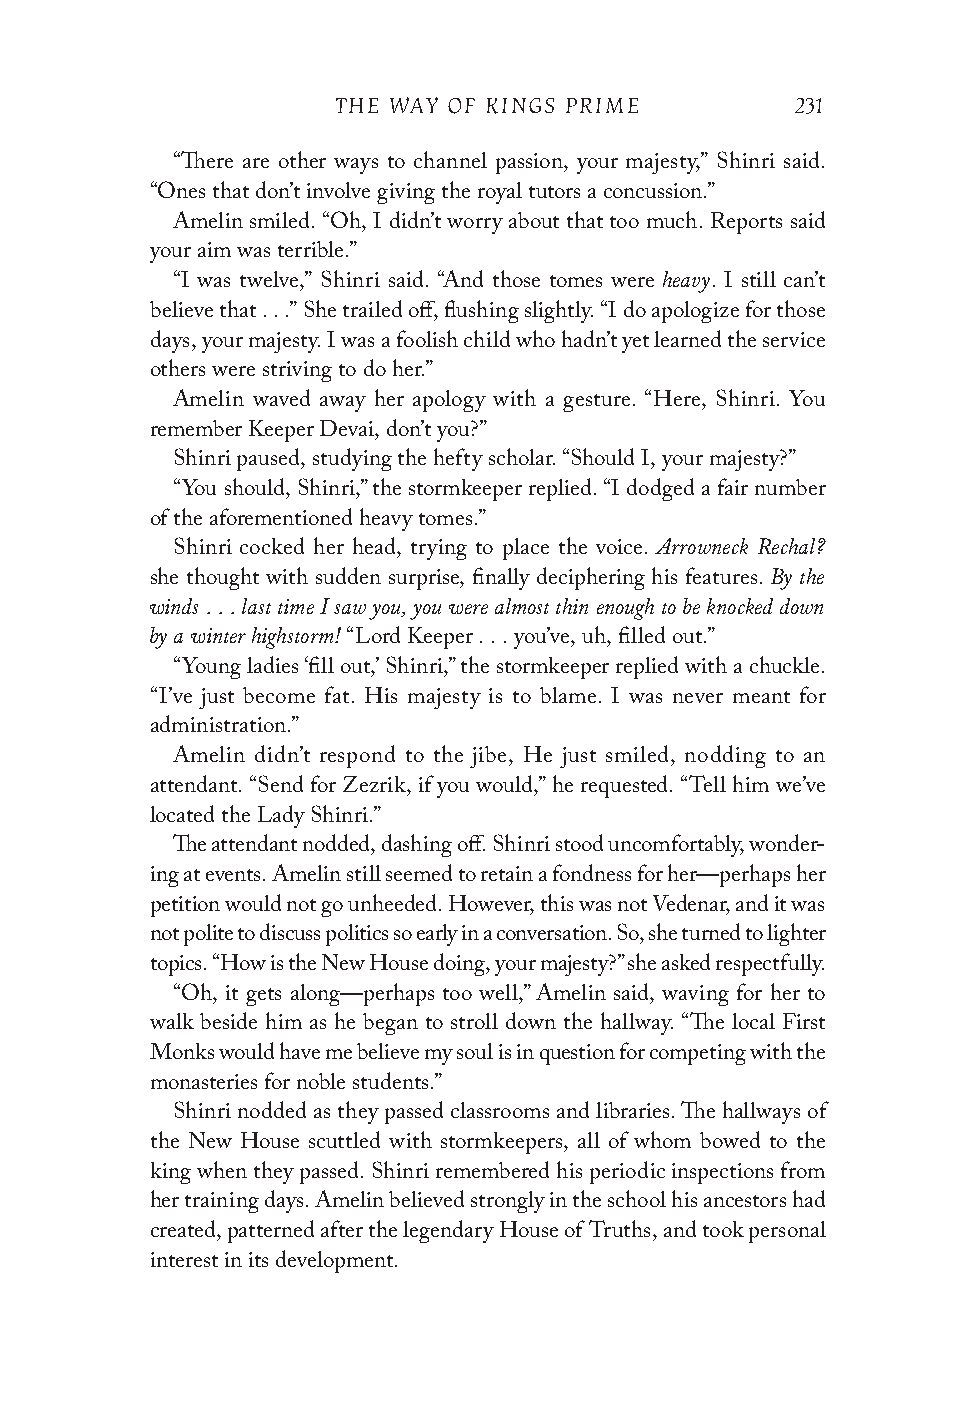
THE WAY OF KINGS PRIME         231
 “There are other ways to channel passion, your majesty,” Shinri said.
 “Ones that don’t involve giving the royal tutors a concussion.”
 Amelin smiled. “Oh, I didn’t worry about that too much. Reports said
 your aim was terrible.”
 heavy
 “I was twelve,” Shinri said. “And those tomes were . I still can’t
 believe that . . .” She trailed off, flushing slightly. “I do apologize for those
 days, your majesty. I was a foolish child who hadn’t yet learned the service
 others were striving to do her.”
 Amelin waved away her apology with a gesture. “Here, Shinri. You
 remember Keeper Devai, don’t you?”
 Shinri paused, studying the hefty scholar. “Should I, your majesty?”
 “You should, Shinri,” the stormkeeper replied. “I dodged a fair number
 of the aforementioned heavy tomes.”
 Arrowneck Rechal?
 Shinri cocked her head, trying to place the voice.
 By the
 she thought with sudden surprise, finally deciphering his features.
 winds . . . last time I saw you, you were almost thin enough to be knocked down
 by a winter highstorm!
 “Lord Keeper . . . you’ve, uh, filled out.”
 “Young ladies ‘fill out,’ Shinri,” the stormkeeper replied with a chuckle.
 “I’ve just become fat. His majesty is to blame. I was never meant for
 administration.”
 Amelin didn’t respond to the jibe, He just smiled, nodding to an
 attendant. “Send for Zezrik, if you would,” he requested. “Tell him we’ve
 located the Lady Shinri.”
 The attendant nodded, dashing off. Shinri stood uncomfortably, wonder-
 ing at events. Amelin still seemed to retain a fondness for her—perhaps her
 petition would not go unheeded. However, this was not Vedenar, and it was
 not polite to discuss politics so early in a conversation. So, she turned to lighter
 topics. “How is the New House doing, your majesty?” she asked respectfully.
 “Oh, it gets along—perhaps too well,” Amelin said, waving for her to
 walk beside him as he began to stroll down the hallway. “The local First
 Monks would have me believe my soul is in question for competing with the
 monasteries for noble students.”
 Shinri nodded as they passed classrooms and libraries. The hallways of
 the New House scuttled with stormkeepers, all of whom bowed to the
 king when they passed. Shinri remembered his periodic inspections from
 her training days. Amelin believed strongly in the school his ancestors had
 created, patterned after the legendary House of Truths, and took personal
 interest in its development.